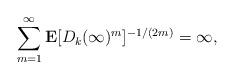
LaTeX: \begin{align*} \sum_{m=1}^\infty\mathbf E[D_k(\infty)^m]^{-1/(2m)}=\infty, \end{align*}